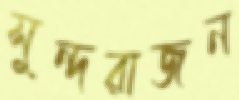
সুন্দরাজন